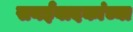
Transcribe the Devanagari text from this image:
सनईवादकांच्या